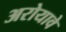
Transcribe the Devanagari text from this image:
अरोयावे